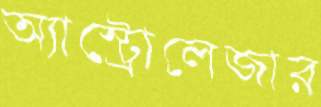
অ্যাস্ট্রোলেজার